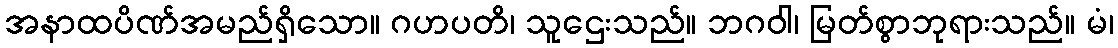
အနာထပိဏ်အမည်ရှိသော။ ဂဟပတိ၊ သူဌေးသည်။ ဘဂဝါ၊ မြတ်စွာဘုရားသည်။ မံ၊